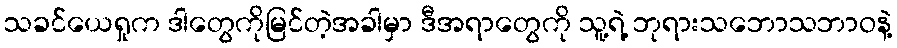
သခင်ယေရှုက ဒါတွေကိုမြင်တဲ့အခါမှာ ဒီအရာတွေကို သူ့ရဲ့ ဘုရားသဘောသဘာဝနဲ့